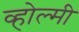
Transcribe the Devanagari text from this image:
व्होल्मी